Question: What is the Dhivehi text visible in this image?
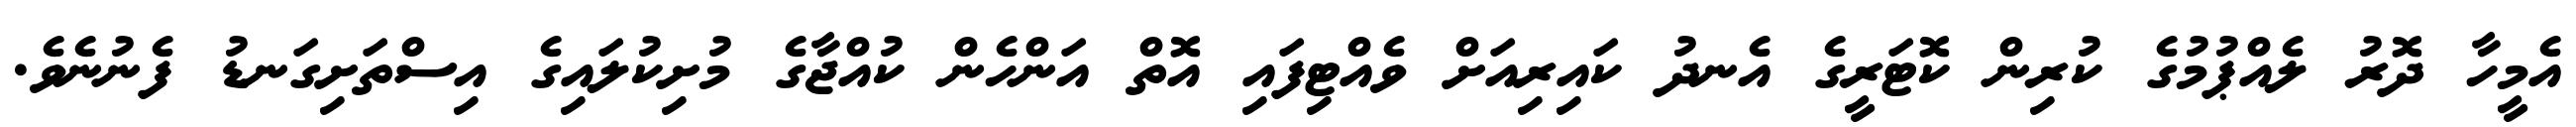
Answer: އެމީހާ ދޮރު ލެއްޕުމުގެ ކުރިން ކޮޓަރީގެ އެނދު ކައިރިއަށް ވެއްޓިފައި އޮތް އަންހެން ކުއްޖާގެ މުށިކުލައިގެ އިސްތަށިގަނޑު ފެނުނެވެ.